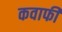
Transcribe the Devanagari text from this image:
कवाफी